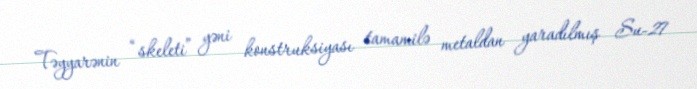
Təyyarənin “skeleti” yəni konstruksiyası tamamilə metaldan yaradılmış Su-27